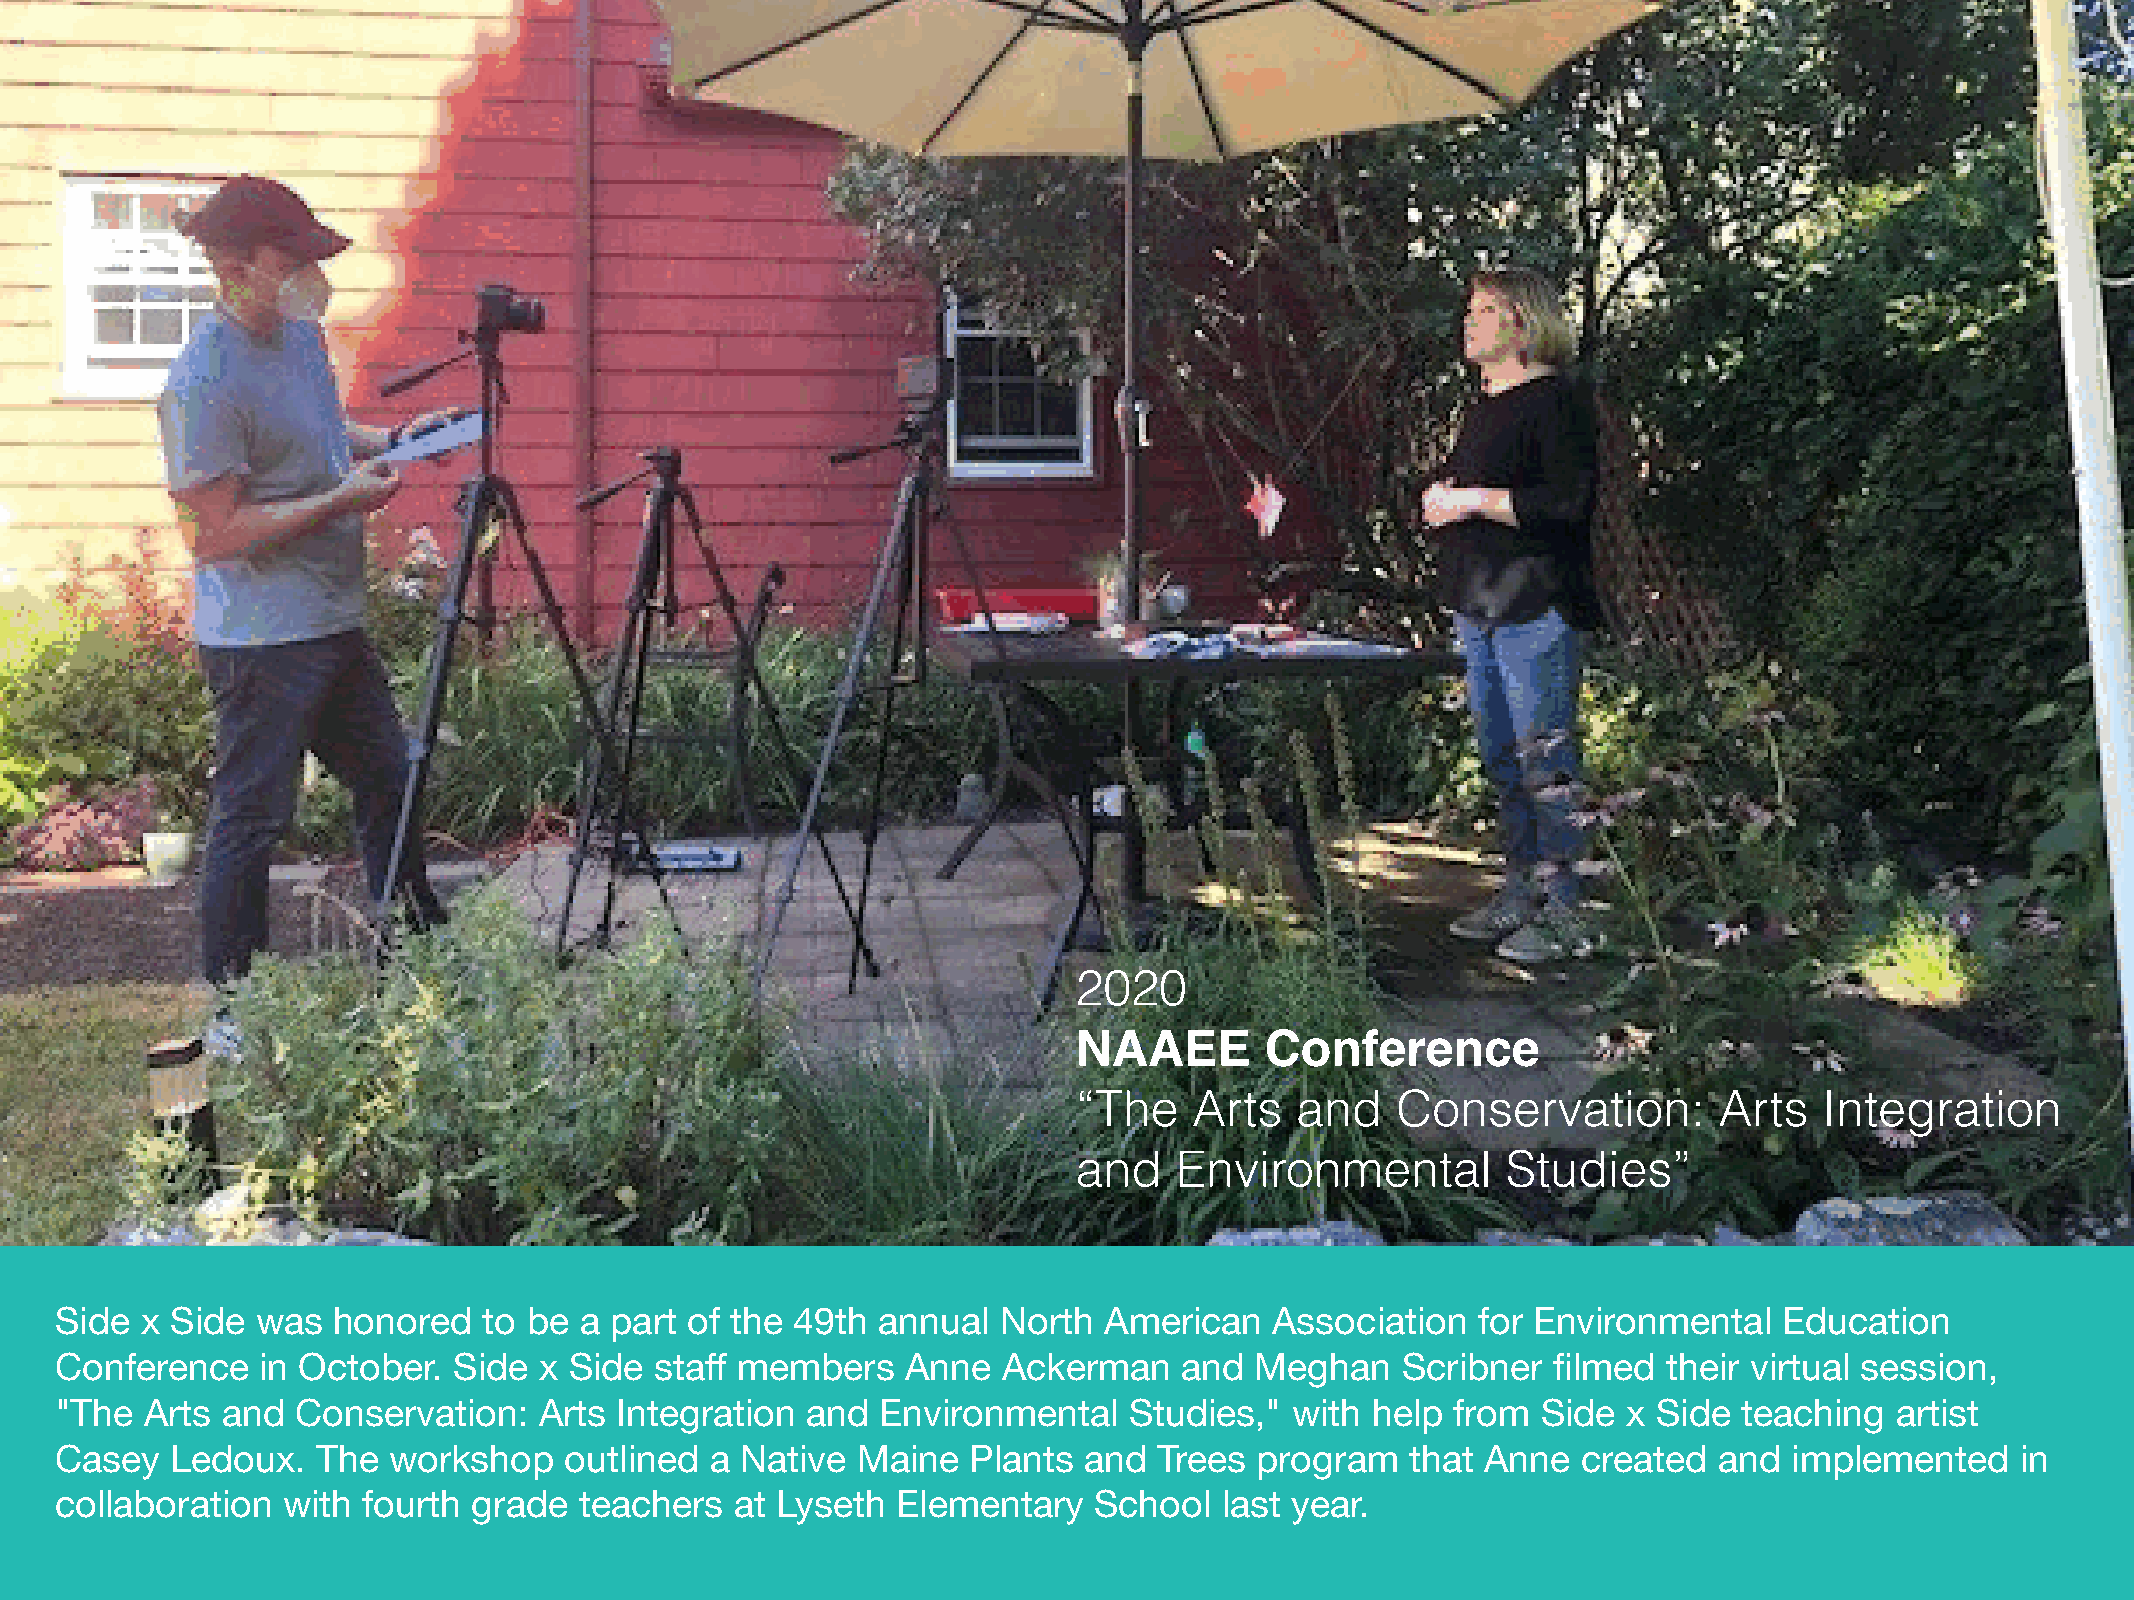
2020
 NAAEE        Conference
 “The    Arts   and   Conservation:         Arts   Integration
 and    Environmental         Studies”
 Side x Side  was  honored   to be a part of the  49th annual  North  American   Association   for Environmental   Education
 Conference   in October.  Side  x Side staff members    Anne  Ackerman    and  Meghan    Scribner  filmed their virtual session,
 "The  Arts and  Conservation:   Arts Integration and  Environmental    Studies,"  with help from  Side  x Side teaching  artist
 Casey  Ledoux.   The  workshop   outlined  a Native  Maine  Plants  and  Trees program   that Anne   created  and  implemented    in
 collaboration  with fourth grade  teachers   at Lyseth Elementary   School   last year.